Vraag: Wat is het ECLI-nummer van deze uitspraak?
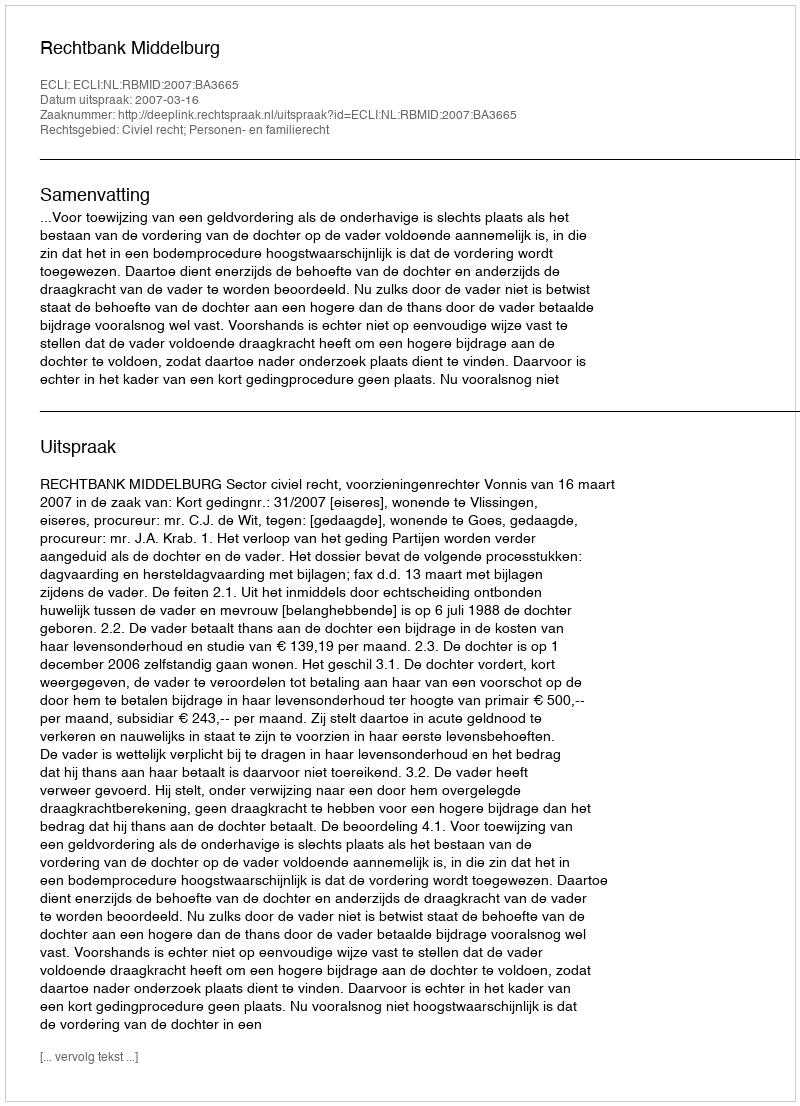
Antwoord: ECLI:NL:RBMID:2007:BA3665